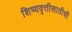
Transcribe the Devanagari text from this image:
शिष्यवृत्तीसाठीची